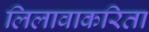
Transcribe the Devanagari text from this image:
लिलावाकरिता